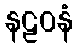
နဠဝနံ